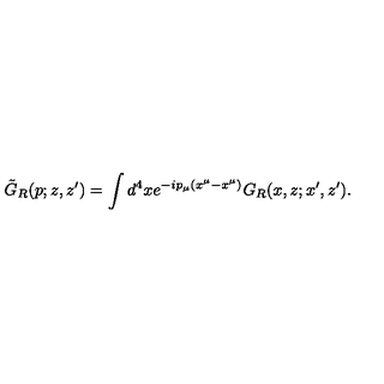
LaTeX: \tilde { G } _ { R } ( p ; z , z ^ { \prime } ) = \int d ^ { 4 } x e ^ { - i p _ { \mu } ( x ^ { \mu } - x ^ { \mu } ) } G _ { R } ( x , z ; x ^ { \prime } , z ^ { \prime } ) .